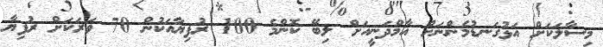
މިސާލަކަށް އަޅުގަނޑުމެންނަށް އާމްދަނީއަށް ލިބޭ ކޮންމެ 100 ރުފިޔާއަކުން 70 ވަރަކަށް ރުފިޔާ